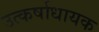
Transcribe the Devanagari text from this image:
उत्कर्षाधायक